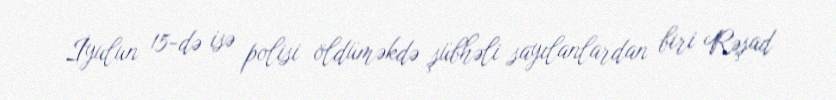
İyulun 15-də isə polisi öldüməkdə şübhəli sayılanlardan biri Rəşad